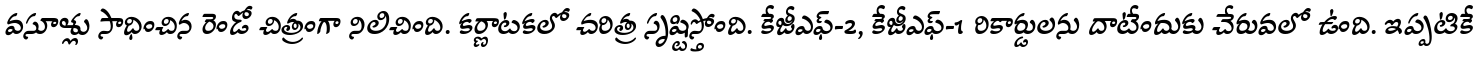
వసూళ్లు సాధించిన రెండో చిత్రంగా నిలిచింది. కర్ణాటకలో చరిత్ర సృష్టిస్తోంది. కేజీఎఫ్-2, కేజీఎఫ్-1 రికార్డులను దాటేందుకు చేరువలో ఉంది. ఇప్పటికే